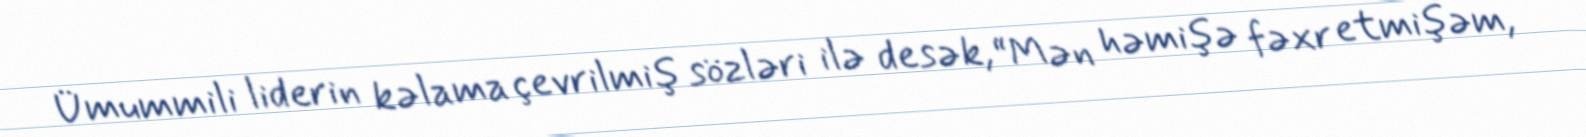
Ümummili liderin kəlama çevrilmiş sözləri ilə desək, “Mən həmişə fəxr etmişəm,